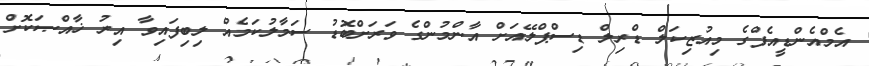
އެމްއެންޑީއެފްގެ މިއުޒިކަލް ޑްރިލް ޑިސްޕްލޭއަށް އާންމުންގެ ވަރަށްބޮޑު ސަމާލުކަމެއް ލިބިފައިވާ އިރު ޚާއްޞަކޮށް